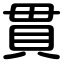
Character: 貫